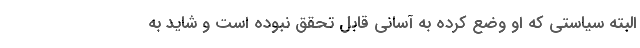
البته سیاستی که او وضع کرده به آسانی قابل تحقق نبوده است و شاید به